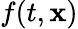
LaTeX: f(t,\mathbf{x})